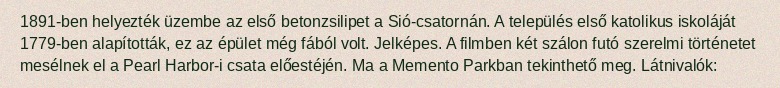
1891-ben helyezték üzembe az első betonzsilipet a Sió-csatornán. A település első katolikus iskoláját 1779-ben alapították, ez az épület még fából volt. Jelképes. A filmben két szálon futó szerelmi történetet mesélnek el a Pearl Harbor-i csata előestéjén. Ma a Memento Parkban tekinthető meg. Látnivalók: